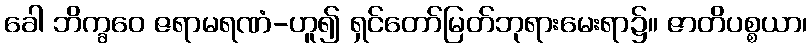
ခေါ ဘိက္ခဝေ ဇရာမရဏံ-ဟူ၍ ရှင်တော်မြတ်ဘုရားမေးရာ၌။ ဇာတိပစ္စယာ၊